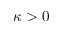
\kappa > 0